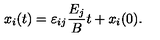
x _ { i } ( t ) = \varepsilon _ { i j } \frac { E _ { j } } { B } t + x _ { i } ( 0 ) .